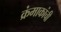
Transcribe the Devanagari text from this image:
क्रंमाकांची